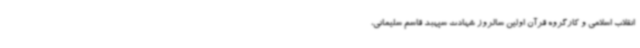
انقلاب اسلامی و کارگروه قرآن اولین سالروز شهادت سپهبد قاسم سلیمانی،